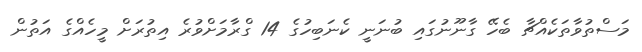
މަސްތުވާތަކެއްޗާ ބެހޭ ގާނޫނުގައި ބުނަނީ ކެނަބިހުގެ 14 ގްރާމަށްވުރެ އިތުރަށް މީހެއްގެ އަތުން